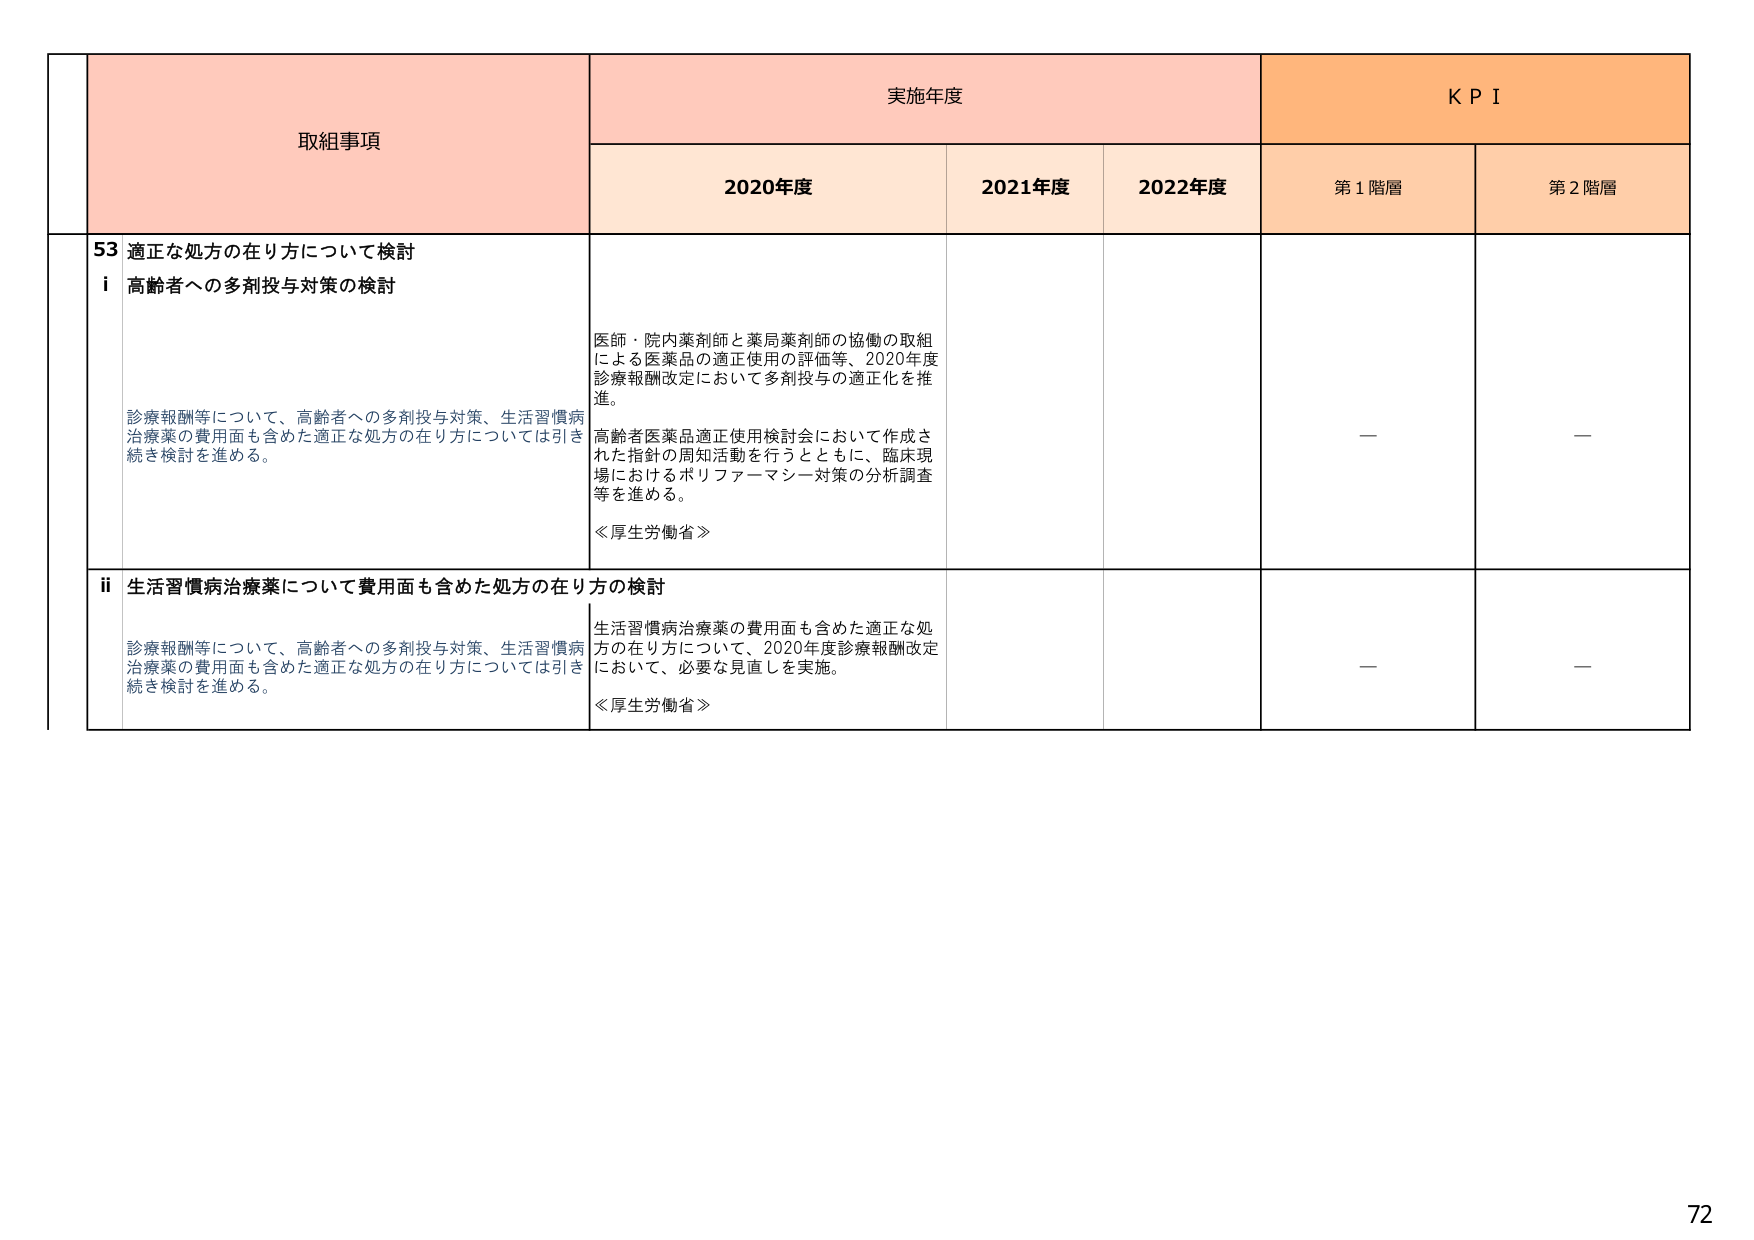
取組事項
実施年度
KPI

2020年度
2021年度
2022年度
第1階層
第2階層

53 適正な処方の在り方について検討
i 高齢者への多剤投与対策の検討

診療報酬等について、高齢者への多剤投与対策、生活習慣病治療薬の費用面も含めた適正な処方の在り方については引き続き検討を進める。

医師・院内薬剤師と薬局薬剤師の協働の取組による医薬品の適正使用の評価等、2020年度診療報酬改定において多剤投与の適正化を推進。
高齢者医薬品適正使用検討会において作成された指針の周知活動を行うとともに、臨床現場におけるポリファーマシー対策の分析調査等を進める。
≪厚生労働省≫

—
—

ii 生活習慣病治療薬について費用面も含めた処方の在り方の検討

診療報酬等について、高齢者への多剤投与対策、生活習慣病治療薬の費用面も含めた適正な処方の在り方については引き続き検討を進める。

生活習慣病治療薬の費用面も含めた適正な処方の在り方について、2020年度診療報酬改定において、必要な見直しを実施。
≪厚生労働省≫

—
—

72